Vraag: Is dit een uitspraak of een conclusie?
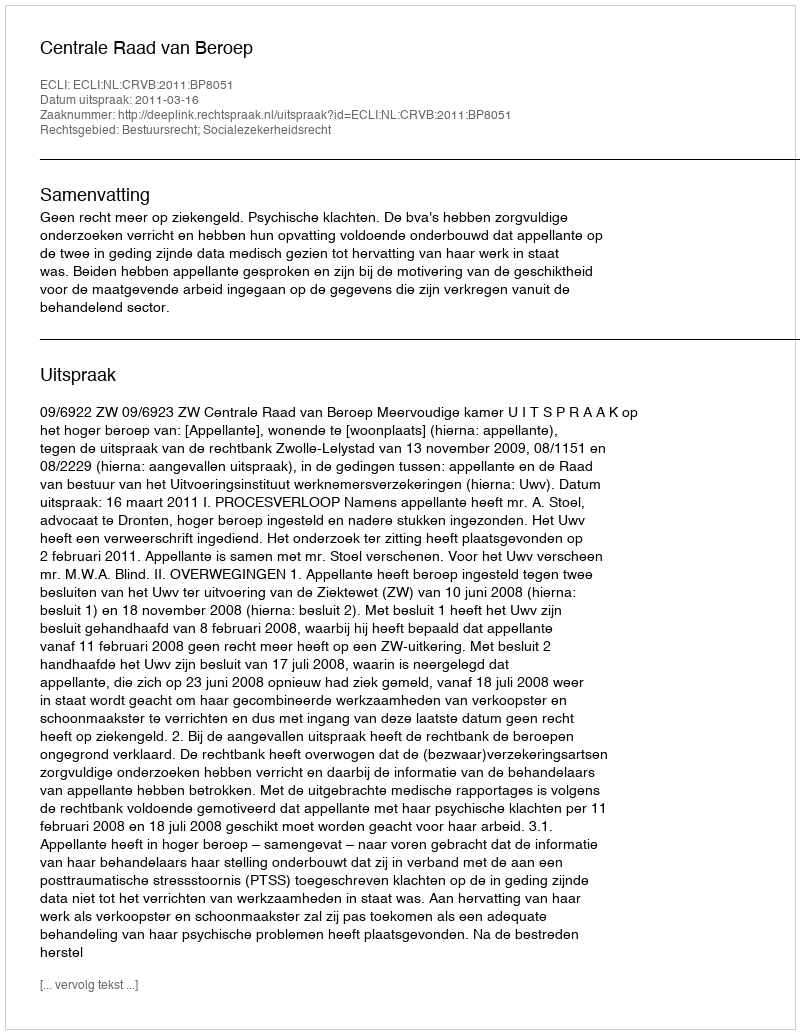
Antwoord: Uitspraak